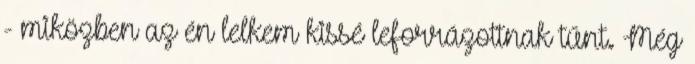
- miközben az én lelkem kissé leforrázottnak tűnt. Még